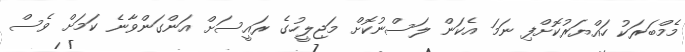
މެމްބަރަކު ހައްޔަރުކޮށްފި ނަމަ އެކަން ލަސްނުކޮށް މަޖިލީހުގެ ރައީސަށް އަންގަންވާނެ ކަމަށް ވެސް